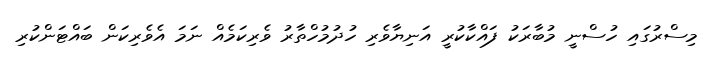
މިސްރުގައި ހުސްނީ މުބާރަކު ފައްކާކުރީ އަނިޔާވެރި ހުދުމުހްތާރު ވެރިކަމެއް ނަމަ އެވެރިކަން ބައްޓަންކުރި